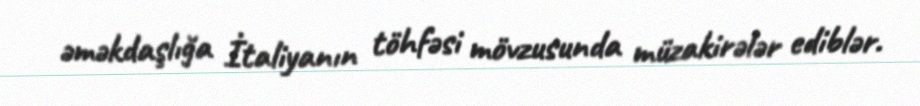
əməkdaşlığa İtaliyanın töhfəsi mövzusunda müzakirələr ediblər.